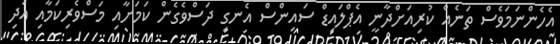
އެހެންނަމަވެސް ތަނެއް ކުރިއަށްދާނީ އެޕްލައިޑް ސައިންސް އެނގި ދަސްވެގެން ކަމަށާއި މަސްވެރިކަމާއި އަދި